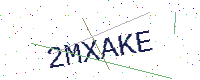
Text: 2MXAKE